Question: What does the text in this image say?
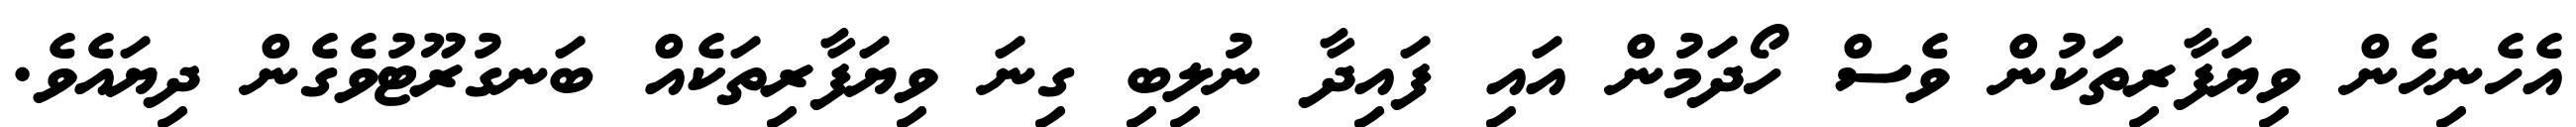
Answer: އެހެނިހެން ވިޔަފާރިތަކުން ވެސް ހޯދަމުން އައި ފައިދާ ނުލިބި ގިނަ ވިޔަފާރިތަކެއް ބަނގުރޫޓުވެގެން ދިޔައެވެ.